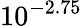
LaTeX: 10^{-2.75}